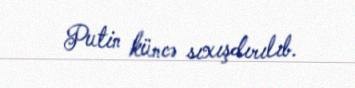
Putin küncə sıxışdırılıb.